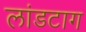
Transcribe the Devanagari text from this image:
लांडटाग